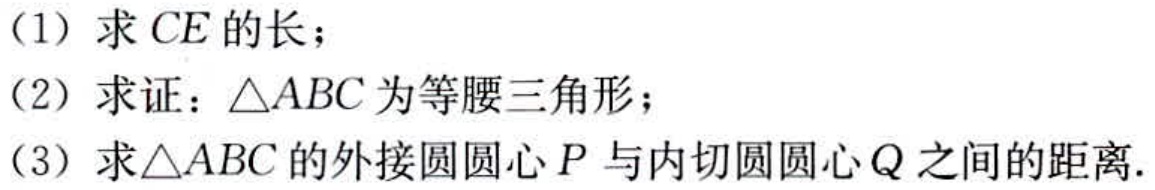
(1) 求 \(CE\) 的长；
(2) 求证：\(\triangle ABC\) 为等腰三角形；
(3) 求 \(\triangle ABC\) 的外接圆圆心 \(P\) 与内切圆圆心 \(Q\) 之间的距离.